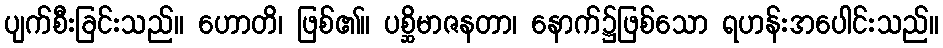
ပျက်စီးခြင်းသည်။ ဟောတိ၊ ဖြစ်၏။ ပစ္ဆိမာဇနတာ၊ နောက်၌ဖြစ်သော ရဟန်းအပေါင်းသည်။